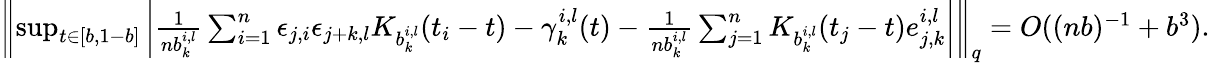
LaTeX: \begin{array}{r}{\left\| \operatorname*{sup}_{t\in[b,1-b]}\left|\frac{1}{nb_{k}^{i,l}}\sum_{i=1}^{n}\epsilon_{j,i}\epsilon_{j+k,l}K_{b_{k}^{i,l}}(t_{i}-t)-\gamma_{k}^{i,l}(t)-\frac{1}{nb_{k}^{i,l}}\sum_{j=1}^{n}K_{b_{k}^{i,l}}(t_{j}-t)e_{j,k}^{i,l}\right|\right\| _{q}=O((nb)^{-1}+b^{3}).}\end{array}